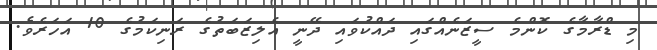
މި ޑްރާމާގެ ކޮންމެ ސީޒަނެއްގައި ދައްކުވައި ދޭނީ އެލިޒަބަތުގެ ރަނިކަމުގެ 10 އަހަރެވެ.